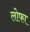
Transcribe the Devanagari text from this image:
लोफा